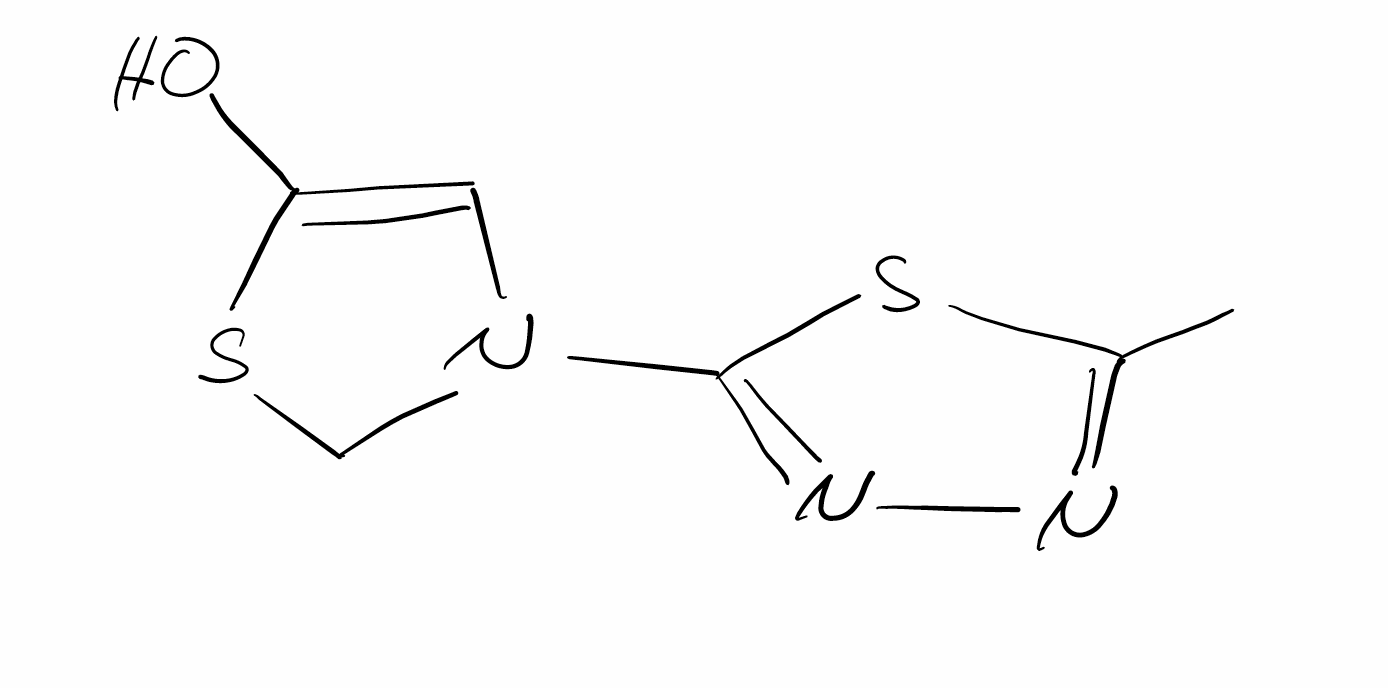
Simplified molecular-input line-entry system (SMILES) notation of the given molecule:
CC1=NN=C(S1)N2CSC(=C2)O